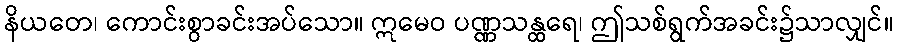
နိယတေ၊ ကောင်းစွာခင်းအပ်သော။ ဣမေဝ ပဏ္ဏသန္ထရေ၊ ဤသစ်ရွက်အခင်း၌သာလျှင်။